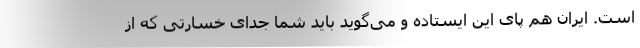
است. ایران هم پای این ایستاده و می‌گوید باید شما جدای خسارتی که از